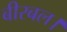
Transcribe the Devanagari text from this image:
बीरबल।